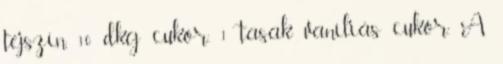
tejszín, 10 dkg cukor, 1 tasak vaníliás cukor. A